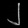
Digit: ၂